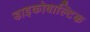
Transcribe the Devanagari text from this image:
डाइकोबाल्टिक